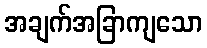
အချက်အခြာကျသော